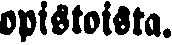
opistoista.